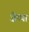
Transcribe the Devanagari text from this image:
ज़ैप्पा